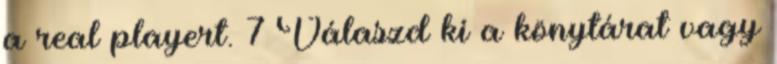
a real playert. 7 Válaszd ki a könytárat vagy